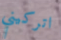
اتركيني